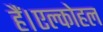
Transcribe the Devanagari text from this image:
हैं।एल्कोहल